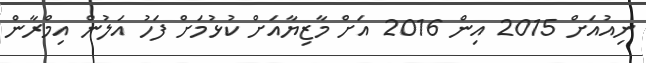
ނިއުއަށް 2015 އިން 2016 އަށް މާޒިޔާއަށް ކުޅުމަށް ފަހު އަލުން އިމްރާން